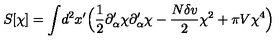
S [ \chi ] = \int \! d ^ { 2 } x ^ { \prime } \Bigl ( { \frac { 1 } { 2 } } \partial _ { \alpha } ^ { \prime } \chi \partial _ { \alpha } ^ { \prime } \chi - { \frac { N \delta v } { 2 } } \chi ^ { 2 } + \pi V \chi ^ { 4 } \Bigr )